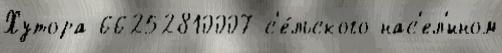
Хутора 66252810007 с'е́льского нас'ел'́нном